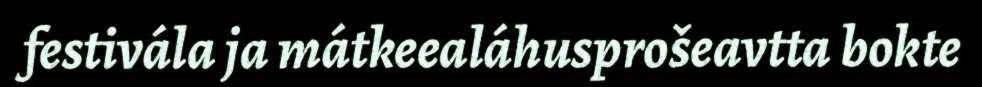
festivála ja mátkeealáhusprošeavtta bokte